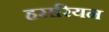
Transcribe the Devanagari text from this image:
हसरियन